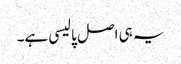
یہ ہی اصل پالیسی ہے۔